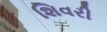
શિવરી